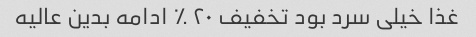
غذا خیلی سرد بود تخفیف ٢٠٪؜ ادامه بدین عالیه